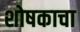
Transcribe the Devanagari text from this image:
शोषकाचा